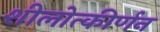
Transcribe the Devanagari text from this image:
शीलोत्कीर्णन